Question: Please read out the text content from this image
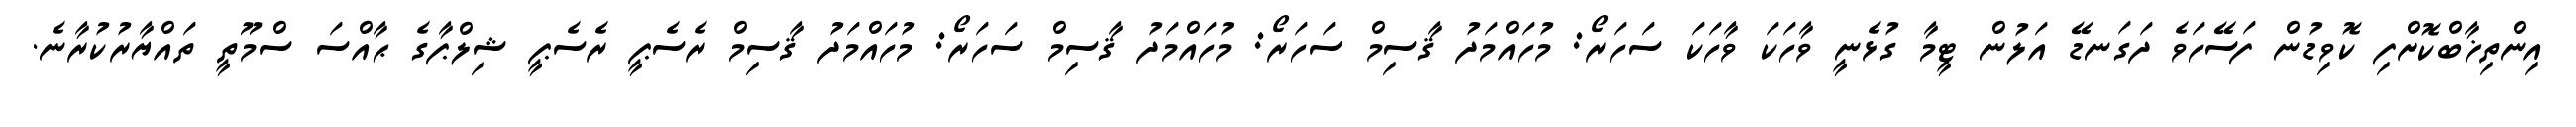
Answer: އިންތިޚާބްކޮށްފި ކޮވިޑުން ފަސޭހަވެ ދަގަނޑޭ އަލުން ޓީމާ ގުޅެނީ ވާހަކަ ވާހަކަ ސަހަރޯ: މުހައްމަދު ޤާސިމް ސަހަރޯ: މުހައްމަދު ޤާސިމް ސަހަރޯ: މުހައްމަދު ޤާސިމް ރެސެޕީ ރެސެޕީ ޝިލްޕާގެ ޙާއްސަ ސްމޫތީ ތައްޔާރުކުރާނެ.